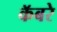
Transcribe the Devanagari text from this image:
कॅबरे